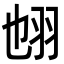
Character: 𦐁